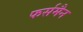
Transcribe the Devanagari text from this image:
फर्समैन